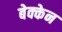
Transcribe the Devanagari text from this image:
बेक्केन